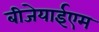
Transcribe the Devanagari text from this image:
बीजेयाईएम